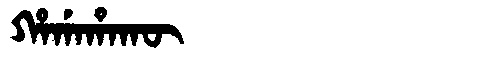
Manchu: ᡥᠠᡤᠠᡥᠠᡴᡡ
Romanization: HAGAHAKŪ